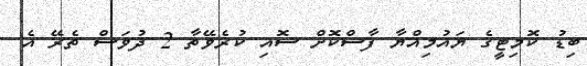
ބިޑު ކޮމިޓީގެ ޔައުމިއްޔާ ފާސްކޮށް ސޮއި ކުރެވޭތާ 2 ދުވަސް ތެރޭ އެ